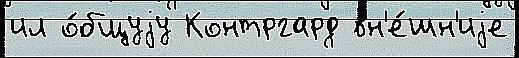
ил о́бщуjу Контргард вн'е́шн'иjе